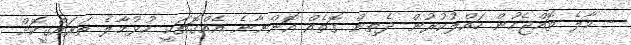
- މާލެ ތޮއްޖެހުން ހައްލުކުރުން ދެތިން ގޮތެއް އޮންނާނެ އެއްގޮތަކީ ހުޅުމާލެ ތަރައްގީކޮށް